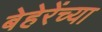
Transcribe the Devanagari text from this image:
बेहेरेंच्या